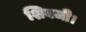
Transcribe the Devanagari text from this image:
शिवजी।